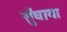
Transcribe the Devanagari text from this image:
सुँघाया